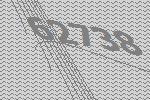
62738